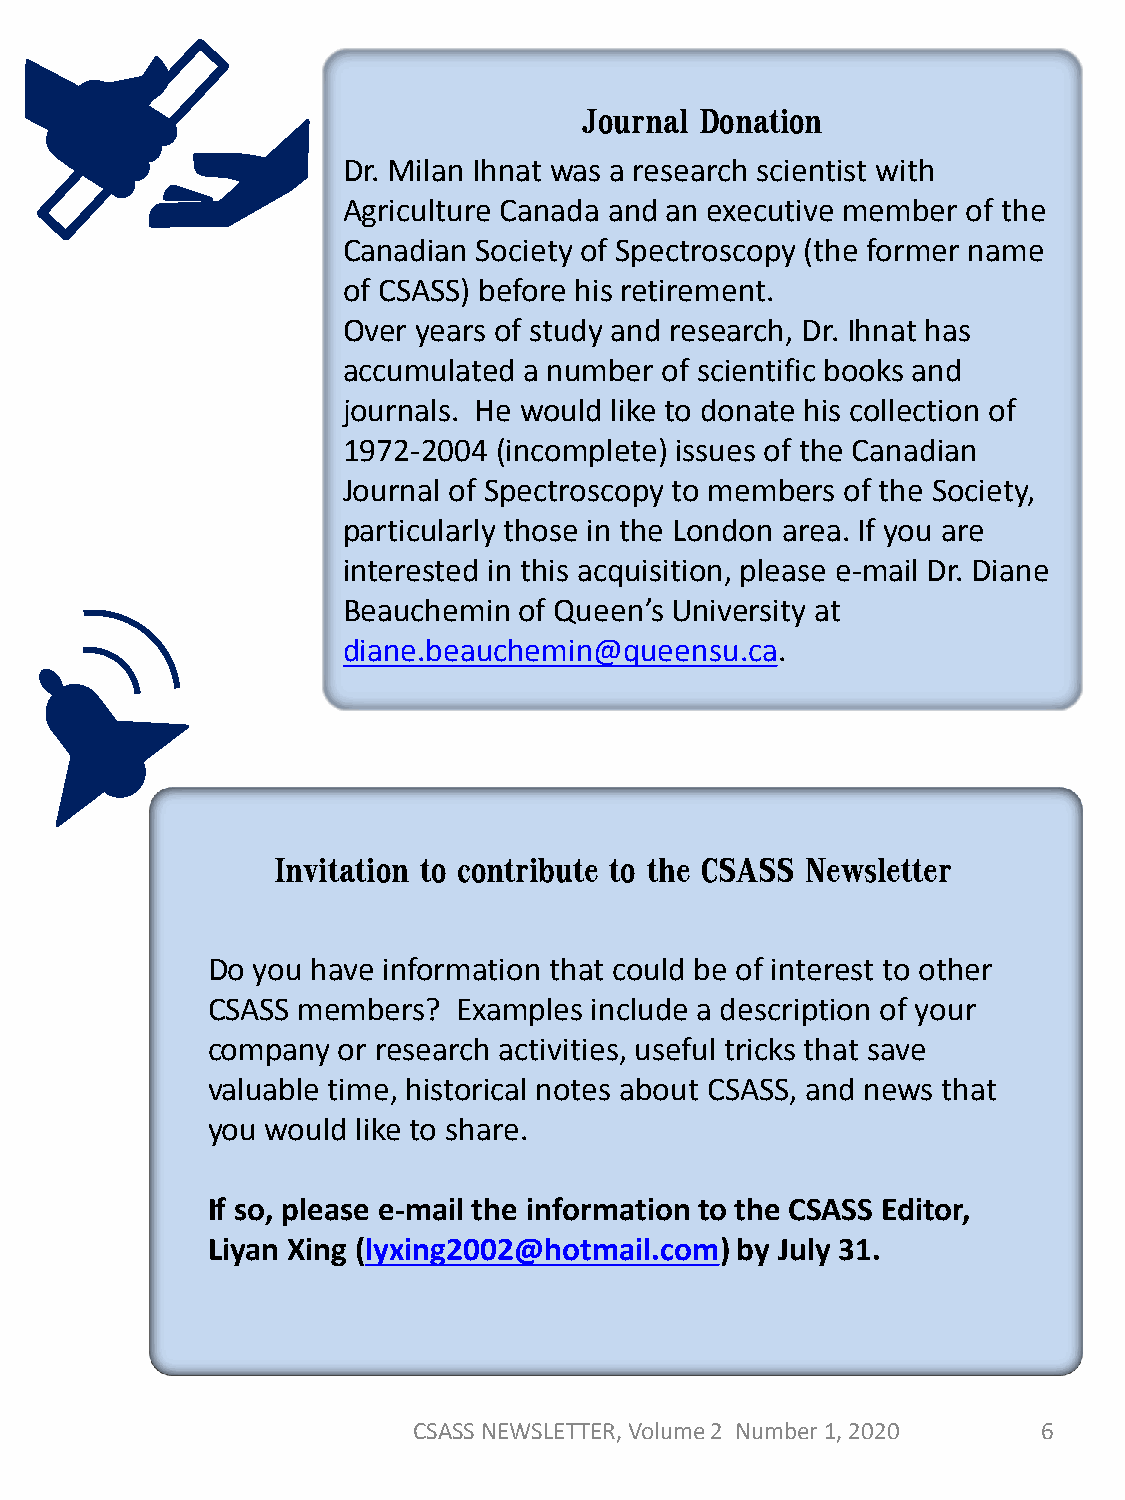
Journal Donation
 Dr. Milan Ihnat was a research scientist with
 Agriculture Canada and an executive member of the
 Canadian Society of Spectroscopy (the former name
 of CSASS) before his retirement.
 Over years of study and research, Dr. Ihnat has
 accumulated a number of scientific books and
 journals. He would like to donate his collection of
 1972-2004 (incomplete) issues of the Canadian
 Journal of Spectroscopy to members of the Society,
 particularly those in the London area. If you are
 interested in this acquisition, please e-mail Dr. Diane
 Beauchemin of Queen’s University at
 diane.beauchemin@queensu.ca.
 Invitation to contribute to the CSASS Newsletter
 Do you have information that could be of interest to other
 CSASS members?  Examples include a description of your
 company or research activities, useful tricks that save
 valuable time, historical notes about CSASS, and news that
 you would like to share.
 If so, please e-mail the information to the CSASS Editor,
 Liyan Xing (lyxing2002@hotmail.com) by July 31.
 CSASS NEWSLETTER, Volume 2 Number 1, 2020 6